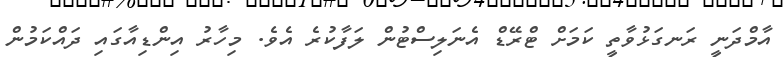
އާމްދަނީ ރަނގަޅުވާތީ ކަމަށް ޓްރޭޑް އެނަލިސްޓުން ލަފާކުރެ އެވެ. މިހާރު އިންޑިއާގައި ދައްކަމުން